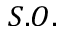
S . O .